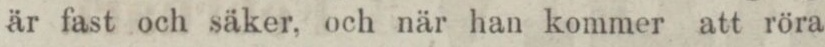
är fast och säker, och när han kommer att röra